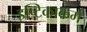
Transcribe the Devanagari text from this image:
इष्टिकाकर्म